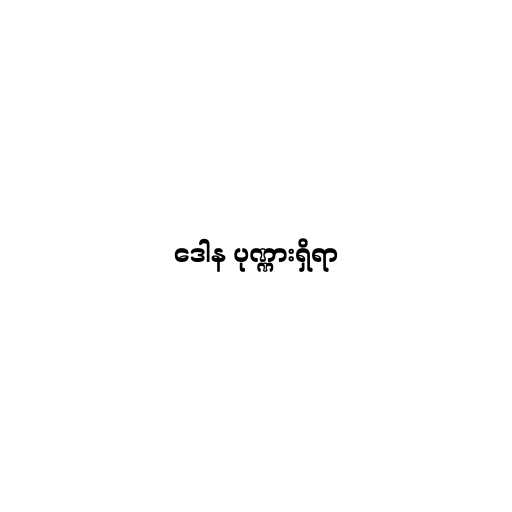
ဒေါန ပုဏ္ဏားရှိရာ